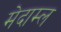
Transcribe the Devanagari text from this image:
मेदाम्ल